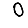
Digit: 0